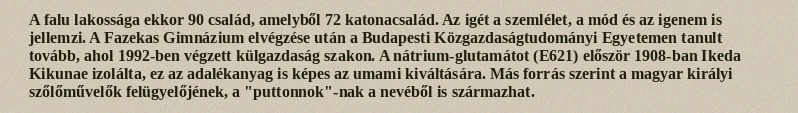
A falu lakossága ekkor 90 család, amelyből 72 katonacsalád. Az igét a szemlélet, a mód és az igenem is jellemzi. A Fazekas Gimnázium elvégzése után a Budapesti Közgazdaságtudományi Egyetemen tanult tovább, ahol 1992-ben végzett külgazdaság szakon. A nátrium-glutamátot (E621) először 1908-ban Ikeda Kikunae izolálta, ez az adalékanyag is képes az umami kiváltására. Más forrás szerint a magyar királyi szőlőművelők felügyelőjének, a "puttonnok"-nak a nevéből is származhat.